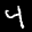
Label: 4